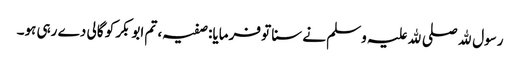
رسول ﷲ صلی ﷲ علیہ وسلم نے سنا تو فرمایا: صفیہ، تم ابوبکر کو گالی دے رہی ہو۔